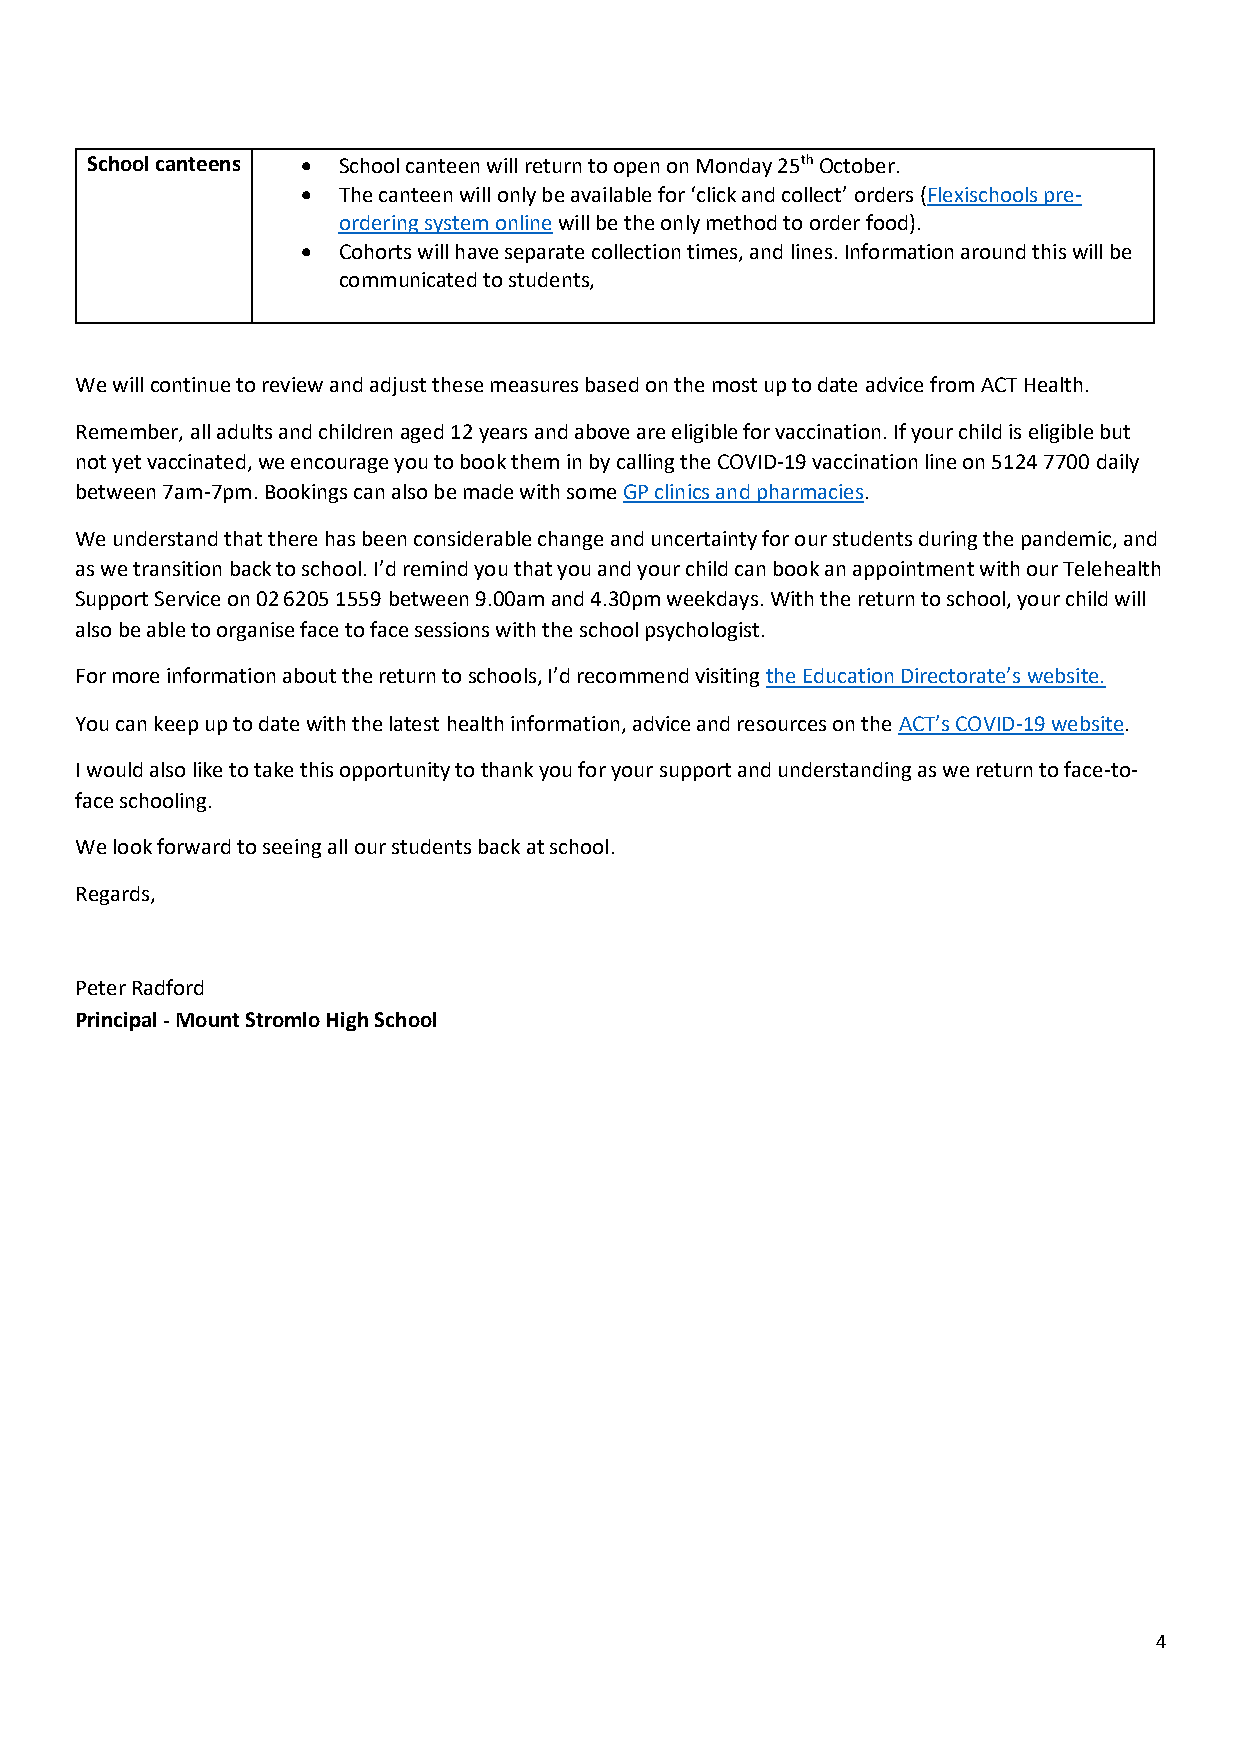
School canteens • School canteen will return to open on Monday 25th October.
 • The canteen will only be available for ‘click and collect’ orders (Flexischools pre-
 ordering system online will be the only method to order food).
 • Cohorts will have separate collection times, and lines. Information around this will be
 communicated to students,
 We will continue to review and adjust these measures based on the most up to date advice from ACT Health.
 Remember, all adults and children aged 12 years and above are eligible for vaccination. If your child is eligible but
 not yet vaccinated, we encourage you to book them in by calling the COVID-19 vaccination line on 5124 7700 daily
 between 7am-7pm. Bookings can also be made with some GP clinics and pharmacies.
 We understand that there has been considerable change and uncertainty for our students during the pandemic, and
 as we transition back to school. I’d remind you that you and your child can book an appointment with our Telehealth
 Support Service on 02 6205 1559 between 9.00am and 4.30pm weekdays. With the return to school, your child will
 also be able to organise face to face sessions with the school psychologist.
 For more information about the return to schools, I’d recommend visiting the Education Directorate’s website.
 You can keep up to date with the latest health information, advice and resources on the ACT’s COVID-19 website.
 I would also like to take this opportunity to thank you for your support and understanding as we return to face-to-
 face schooling.
 We look forward to seeing all our students back at school.
 Regards,
 Peter Radford
 Principal - Mount Stromlo High School
 4